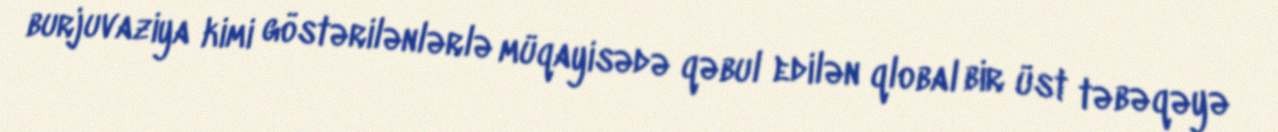
burjuvaziya kimi göstərilənlərlə müqayisədə qəbul edilən qlobal bir üst təbəqəyə